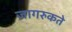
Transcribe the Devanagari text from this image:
जागरुकते